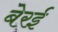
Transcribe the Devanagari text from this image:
बेरई